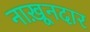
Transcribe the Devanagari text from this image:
नाख़ूनदार